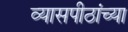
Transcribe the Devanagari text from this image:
व्यासपीठांच्या